Lunatic asylums United Provinces 1899-1908 - 1899-1908
Year: 1899
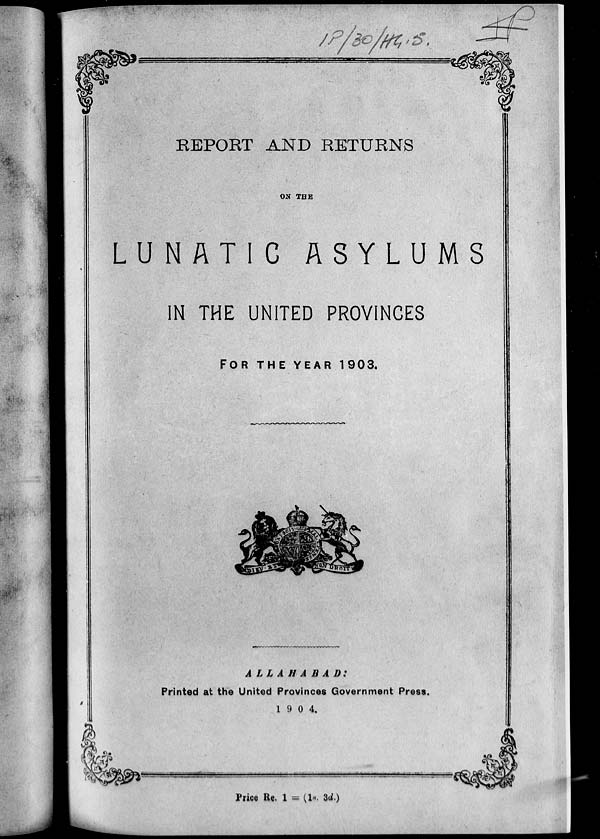
REPORT AND RETURNS
ON THE
LUNATIC
ASYLUMS
IN THE UNITED PROVINCES
FOR THE YEAR 1903.
ALLAHABAD:
Printed at the United Provinces Government Press.
1904.
Price Re. 1 = (1s. 3d.)